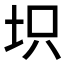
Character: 𱖕